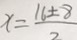
x = \frac { 1 6 \pm 8 } { 2 }